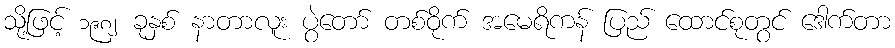
သို့ဖြင့် ၁၉၈၂ ခုနှစ် နာတာလူး ပွဲတော် တစ်ဝိုက် အမေရိကန် ပြည် ထောင်စုတွင် ဒေါက်တာ